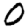
Digit: 0